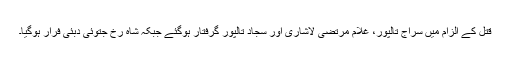
قتل کے الزام میں سراج تالپور، غلام مرتضیٰ لاشاری اور سجاد تالپور گرفتار ہوگئے جبکہ شاہ رخ جتوئی دبئی فرار ہوگیا۔